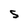
Character: S